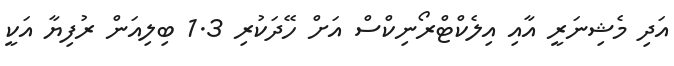
އަދި މެޝިނަރީ އާއި އިލެކްޓްރޯނިކްސް އަށް ހޭދަކުރި 1.3 ބިލިއަން ރުފިޔާ އަކީ